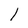
Character: l